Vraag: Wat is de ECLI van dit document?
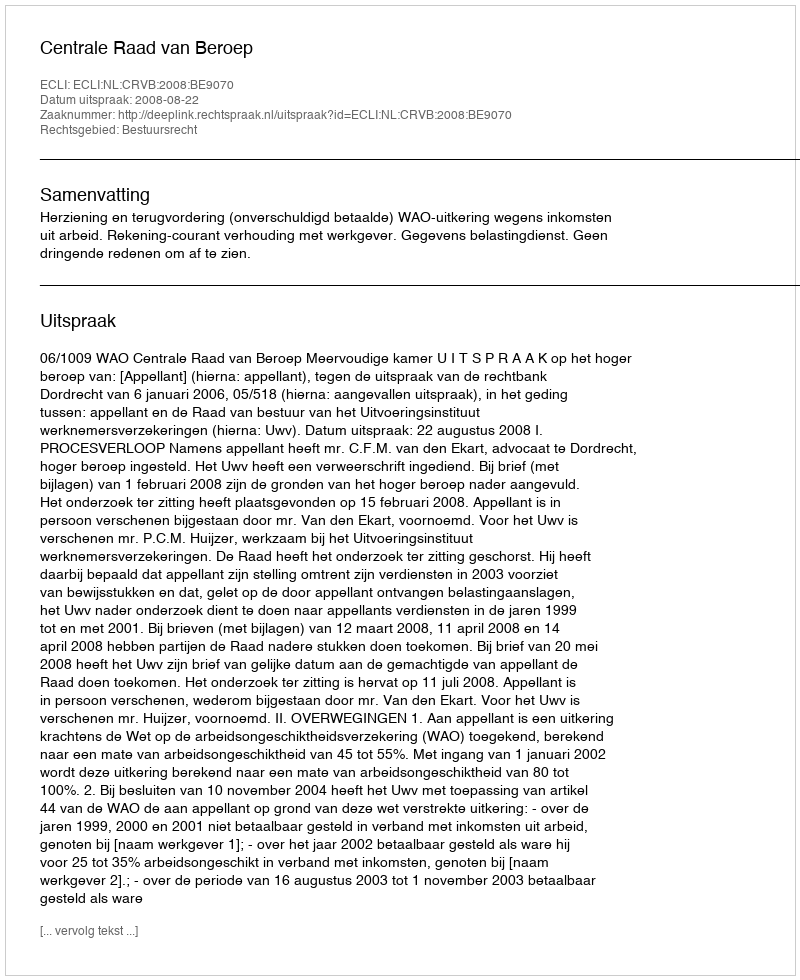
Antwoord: ECLI:NL:CRVB:2008:BE9070